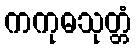
ကကုဓသုတ္တံ